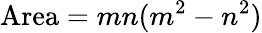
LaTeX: {\mathrm{Area}}=mn(m^{2}-n^{2})